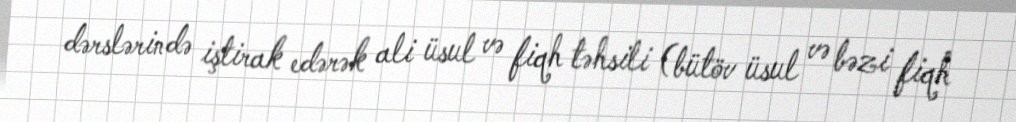
dərslərində iştirak edərək ali üsul və fiqh təhsili (bütöv üsul və bəzi fiqh